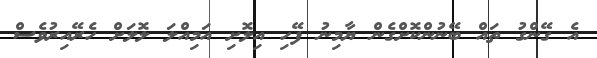
އެ ގޭންގު ތައް ބޭނުންކޮށްގެން ޔާމިނު ފޭހި އިލޮށި އަމިއްލަ ލޮލަށް ހެރޭއިރުވެސް